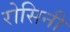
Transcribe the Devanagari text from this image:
रोसिनी